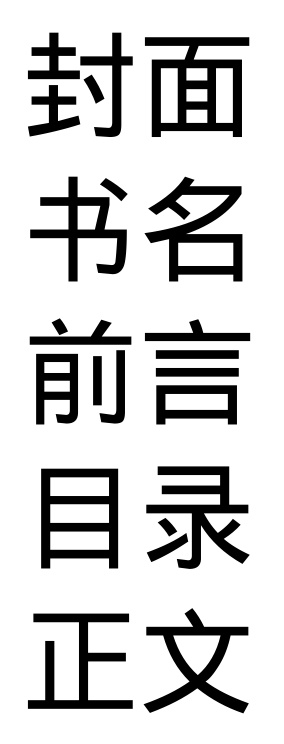
封面

书名

前言

目录

正文